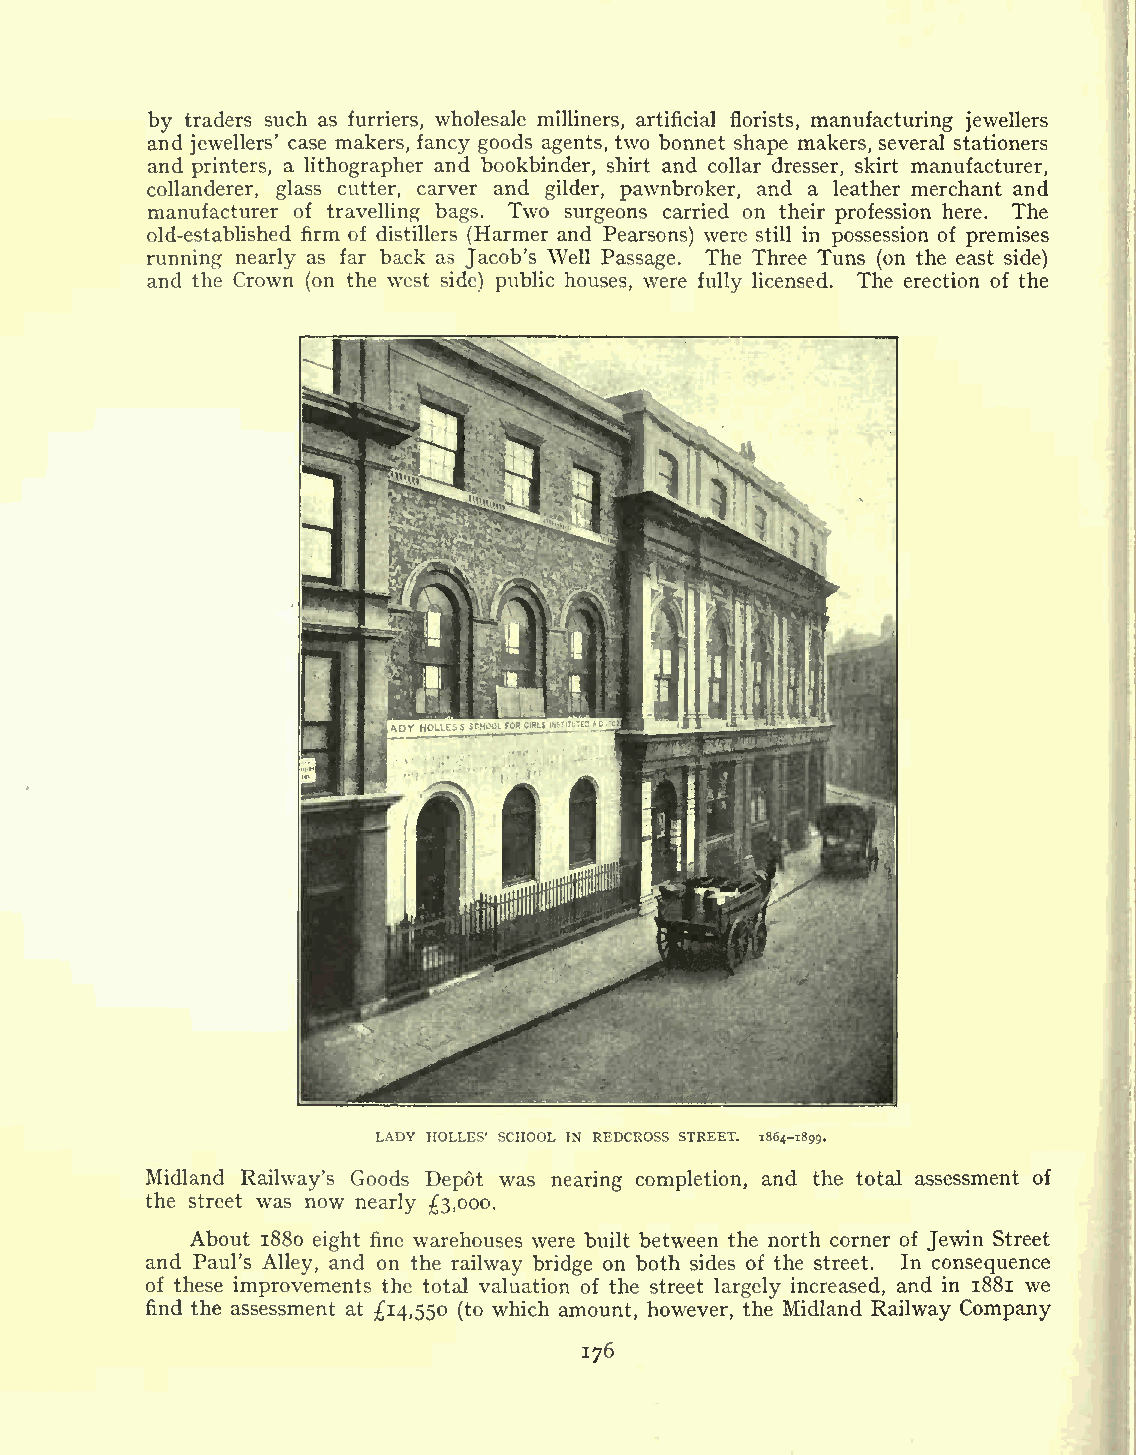
by traders such as furriers, wholesale milliners, artificial florists, manufacturing jewellers
 and jewellers' case makers, fancy goods agents, two bonnet shape makers, several stationers
 and printers, a lithographer and bookbinder, shirt and collar dresser, skirt manufacturer,
 collanderer, glass cutter, carver and gilder, pawnbroker, and a leather merchant and
 manufacturer of travelling bags. Two surgeons carried on their profession here. The
 old-established firm of distillers (Harmer and Pearsons) were still in possession of premises
 running nearly as far back as Jacob's Well Passage. The Three Tuns (on the east side)
 and the Crown (on the west side) public houses, were fully licensed. The erection of the
 LADY HOLLES' SCHOOL IN REDCROSS STREET. 1864-1899.
 Midland Railway's Goods Depot was nearing completion, and the total assessment of
 the street was now nearly 3,000.
 About 1880 eight fine warehouses were built between the north corner of Jewin Street
 and Paul's Alley, and on the railway bridge on both sides of the street. In consequence
 of these improvements the total valuation of the street largely increased, and in 1881 we
 find the assessment at 14,550 (to which amount, however, the Midland Railway Company
 176